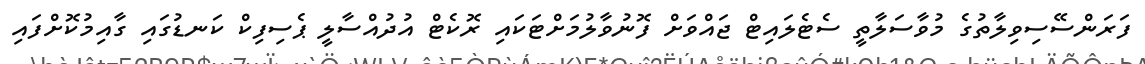
ފަރަންސޭސިވިލާތުގެ މުވާސަލާތީ ސެޓެލައިޓް ޖައްވަށް ފޮނުވާލުމަށްޓަކައި ރޮކެޓް އުދުއްސާލީ ޕެސިފިކް ކަނޑުގައި ގާއިމުކޮށްފައި